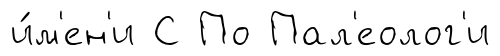
и́м'ен'и С По Пал'еолог'и